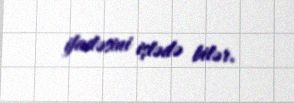
ifadəsini işlədə bilər.